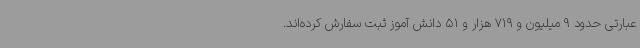
عبارتی حدود 9 میلیون و 719 هزار و 51 دانش آموز ثبت سفارش کرده‌اند.